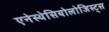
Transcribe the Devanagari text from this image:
एनेस्थेसियोलोजिस्ट्स